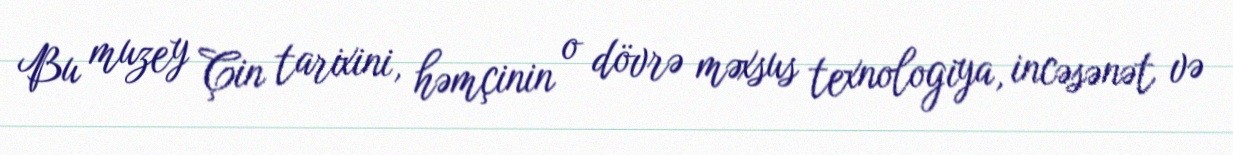
Bu muzey Çin tarixini, həmçinin o dövrə məxsus texnologiya, incəsənət və